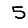
Digit: 5